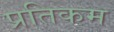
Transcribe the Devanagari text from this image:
प्रतिकम